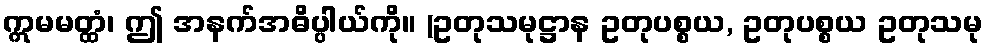
ဣမမတ္ထံ၊ ဤ အနက်အဓိပ္ပါယ်ကို။ (ဥတုသမုဋ္ဌာန ဥတုပစ္စယ, ဥတုပစ္စယ ဥတုသမု